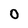
Character: 0